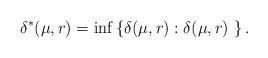
LaTeX: \begin{align*}\delta^*(\mu,r) = \inf \left\{\delta(\mu,r):\delta(\mu,r) ~ \right\}.\end{align*}